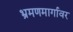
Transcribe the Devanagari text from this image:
भ्रमणमार्गावर